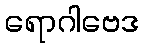
ရောဂါဗေဒ